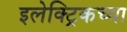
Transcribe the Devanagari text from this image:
इलेक्ट्रिकच्या